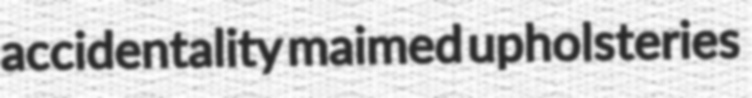
accidentality maimed upholsteries